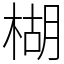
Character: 楜